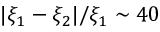
| \xi _ { 1 } - \xi _ { 2 } | / \xi _ { 1 } \sim 4 0 \